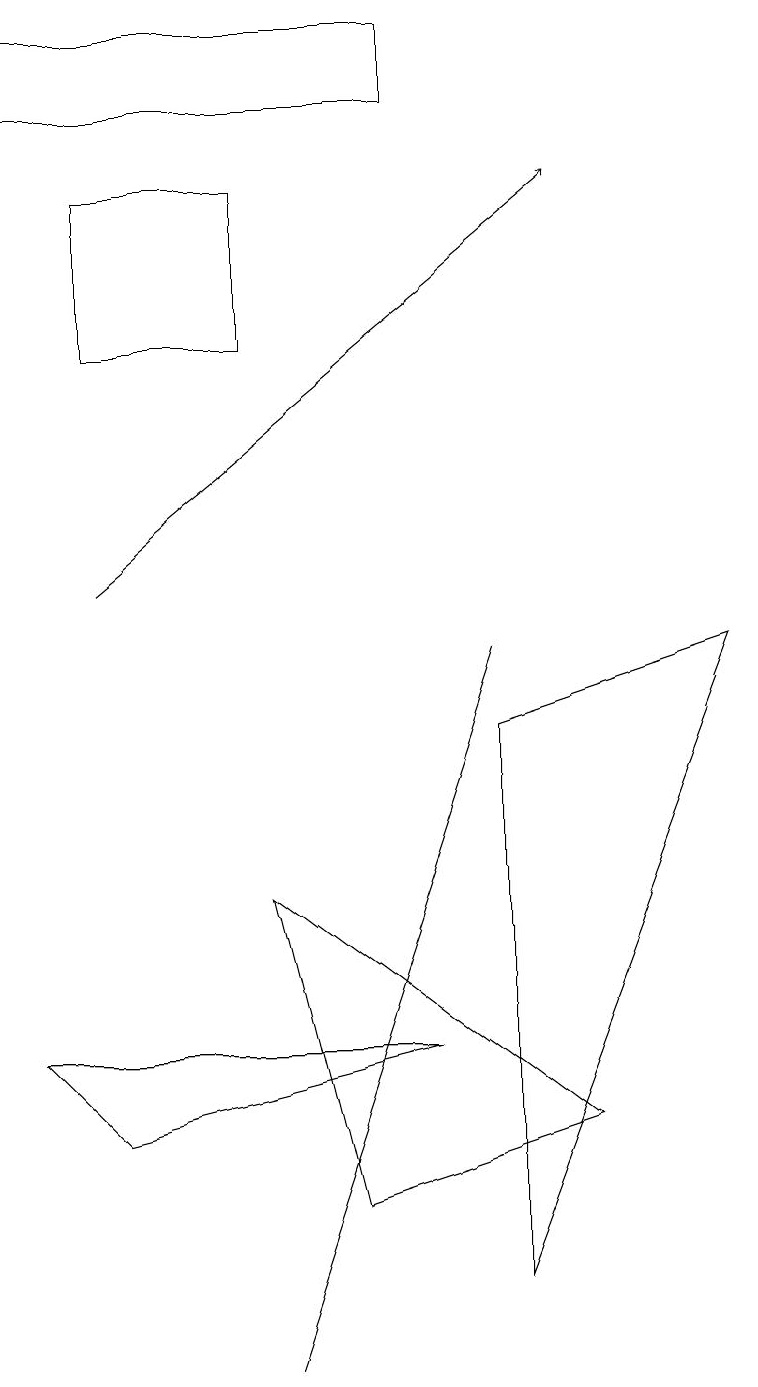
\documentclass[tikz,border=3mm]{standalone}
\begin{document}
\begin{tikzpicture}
\draw (6,8) -- (6,1) -- (9,9) -- cycle;
\draw (0,17) rectangle (5,16);
\draw[->] (1,10) -- (7,15);
\draw (5,6) -- (6,9) -- (3,0) -- cycle;
\draw (1,13) rectangle (3,15);
\draw (5,4) -- (0,4) -- (1,3) -- cycle;
\draw (4,2) -- (7,3) -- (3,6) -- cycle;
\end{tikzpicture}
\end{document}